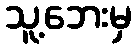
သူ့ဘေးမှ